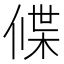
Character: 𬿃